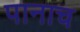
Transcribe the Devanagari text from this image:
पानाच